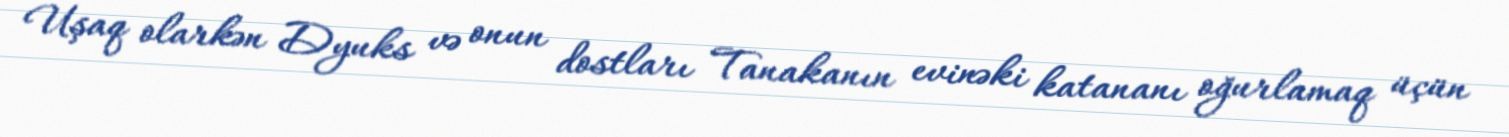
Uşaq olarkən Dyuks və onun dostları Tanakanın evinəki katananı oğurlamaq üçün